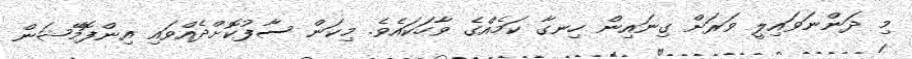
މި ދަންނަވައިލީ ވަރަށް ގިނައިން ހިނގާ ކަމެއްގެ ވާހަކައެވެ. މިކަން ސާފުކޮށްދެއްވައި އިންފޮމޭޝަން